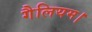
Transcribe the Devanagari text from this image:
गैलियम।